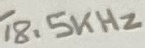
Text: 18.5KHz